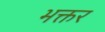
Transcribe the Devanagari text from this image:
भक्तर